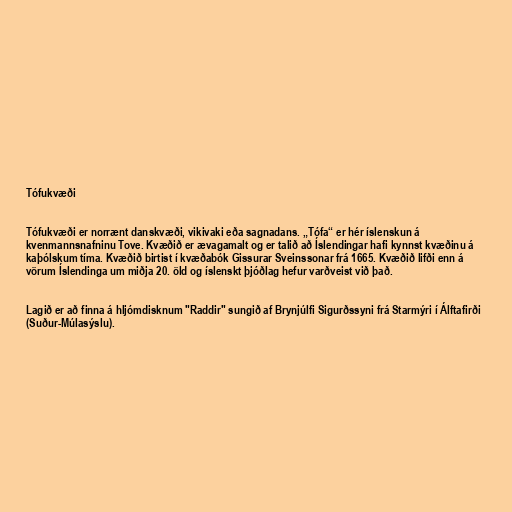
Tófukvæði

Tófukvæði er norrænt danskvæði, vikivaki eða sagnadans. „Tófa“ er hér íslenskun á
kvenmannsnafninu Tove. Kvæðið er ævagamalt og er talið að Íslendingar hafi kynnst kvæðinu á
kaþólskum tíma. Kvæðið birtist í kvæðabók Gissurar Sveinssonar frá 1665. Kvæðið lifði enn á
vörum Íslendinga um miðja 20. öld og íslenskt þjóðlag hefur varðveist við það.

Lagið er að finna á hljómdisknum "Raddir" sungið af Brynjúlfi Sigurðssyni frá Starmýri í Álftafirði
(Suður-Múlasýslu).